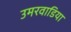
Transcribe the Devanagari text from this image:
उमरवाडिया